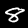
Label: 8